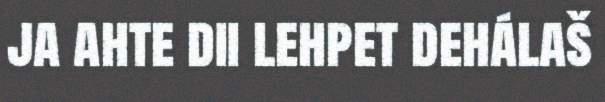
ja ahte dii lehpet dehálaš